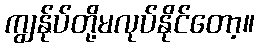
ကျွန်ုပ်တို့မလုပ်နိုင်တော့။